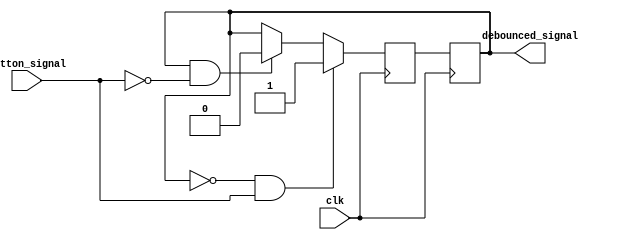
module debounce_circuit (
    input wire clk,
    input wire button_signal,
    output wire debounced_signal
);

reg current_state, next_state;

always @(posedge clk) begin
    current_state <= next_state;
end

always @(posedge clk) begin
    if (current_state == 1'b0 && button_signal == 1'b1) begin
        next_state <= 1'b1;
    end else if (current_state == 1'b1 && button_signal == 1'b0) begin
        next_state <= 1'b0;
    end else begin
        next_state <= current_state;
    end
end

assign debounced_signal = current_state;

endmodule